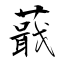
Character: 蕺